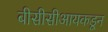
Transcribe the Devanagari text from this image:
बीसीसीआयकडून